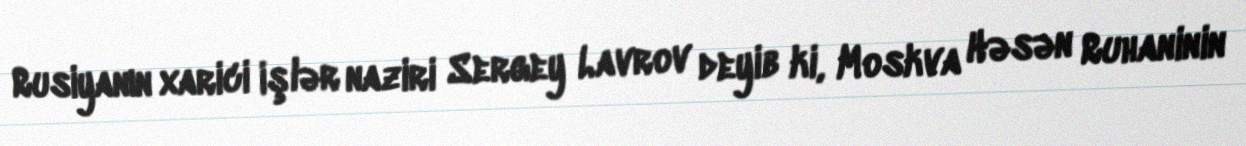
Rusiyanın xarici işlər naziri Sergey Lavrov deyib ki, Moskva Həsən Ruhaninin